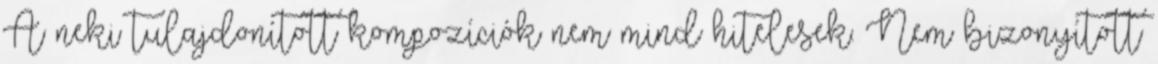
A neki tulajdonított kompozíciók nem mind hitelesek. Nem bizonyított